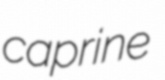
caprine